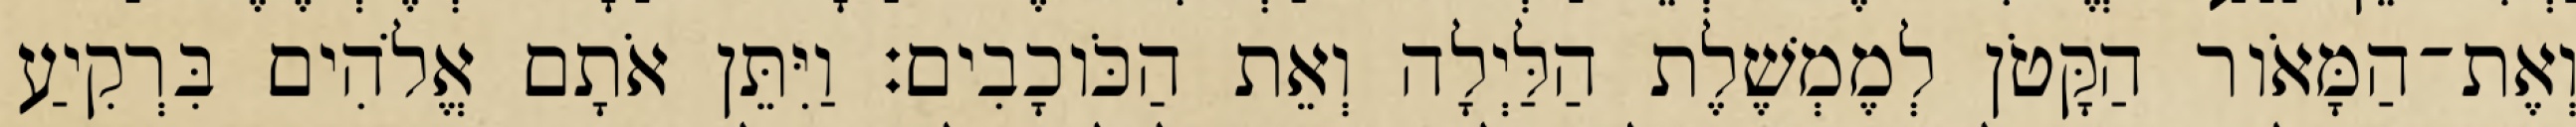
וְאֶת־הַמָּאֹור הַקָּטֹן לְמֶמְשֶׁלֶת הַלַּיְלָה וְאֵת הַכֹּוכָבִים׃ וַיִּתֵּן אֹתָם אֱלֹהִים בִּרְקִיעַ